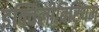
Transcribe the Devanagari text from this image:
इक्विलीबिरियम